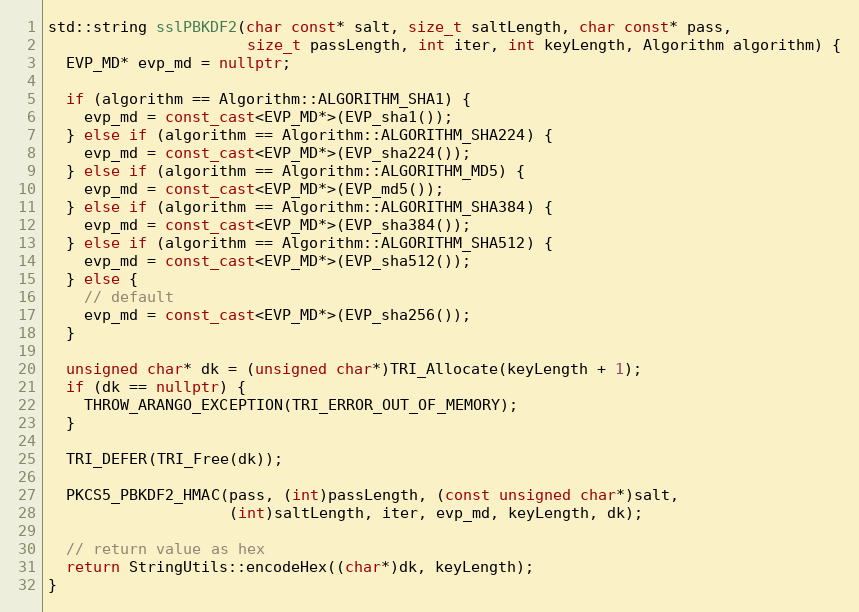
Language: C++
std::string sslPBKDF2(char const* salt, size_t saltLength, char const* pass,
                      size_t passLength, int iter, int keyLength, Algorithm algorithm) {
  EVP_MD* evp_md = nullptr;

  if (algorithm == Algorithm::ALGORITHM_SHA1) {
    evp_md = const_cast<EVP_MD*>(EVP_sha1());
  } else if (algorithm == Algorithm::ALGORITHM_SHA224) {
    evp_md = const_cast<EVP_MD*>(EVP_sha224());
  } else if (algorithm == Algorithm::ALGORITHM_MD5) {
    evp_md = const_cast<EVP_MD*>(EVP_md5());
  } else if (algorithm == Algorithm::ALGORITHM_SHA384) {
    evp_md = const_cast<EVP_MD*>(EVP_sha384());
  } else if (algorithm == Algorithm::ALGORITHM_SHA512) {
    evp_md = const_cast<EVP_MD*>(EVP_sha512());
  } else {
    // default
    evp_md = const_cast<EVP_MD*>(EVP_sha256());
  }

  unsigned char* dk = (unsigned char*)TRI_Allocate(keyLength + 1);
  if (dk == nullptr) {
    THROW_ARANGO_EXCEPTION(TRI_ERROR_OUT_OF_MEMORY);
  }

  TRI_DEFER(TRI_Free(dk));

  PKCS5_PBKDF2_HMAC(pass, (int)passLength, (const unsigned char*)salt,
                    (int)saltLength, iter, evp_md, keyLength, dk);

  // return value as hex
  return StringUtils::encodeHex((char*)dk, keyLength);
}